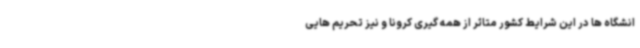
انشگاه ها در این شرایط کشور متاثر از همه گیری کرونا و نیز تحریم هایی